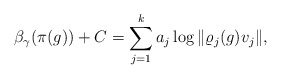
\begin{align*} \beta_\gamma(\pi(g))+C=\sum_{j=1}^k a_j \log \|\varrho_j(g)v_j\|, \end{align*}